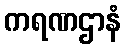
ကရဏဌာနံ